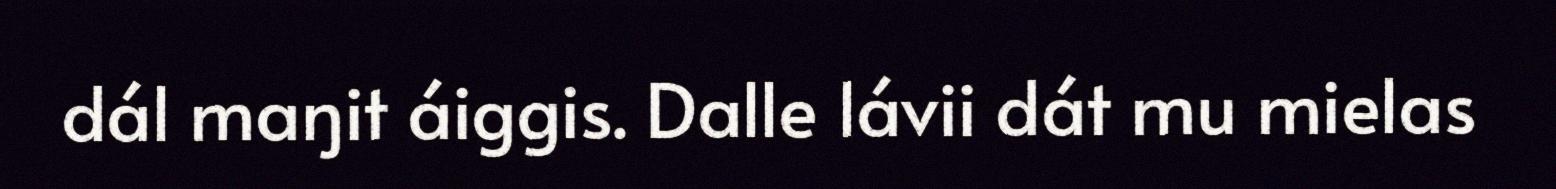
dál maŋit áiggis. Dalle lávii dát mu mielas